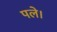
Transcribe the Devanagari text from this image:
पले।